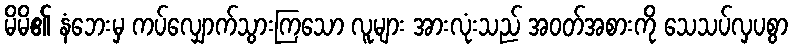
မိမိ၏ နံဘေးမှ ကပ်လျှောက်သွားကြသော လူများ အားလုံးသည် အဝတ်အစားကို သေသပ်လှပစွာ